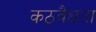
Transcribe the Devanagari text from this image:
कठवैधता